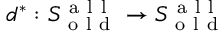
d ^ { * } : S _ { \mathrm { ~ o ~ l ~ d ~ } } ^ { \mathrm { ~ a ~ l ~ l ~ } } \to S _ { \mathrm { ~ o ~ l ~ d ~ } } ^ { \mathrm { ~ a ~ l ~ l ~ } }